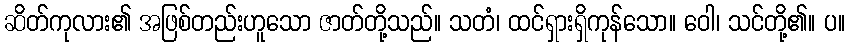
ဆိတ်ကုလား၏ အဖြစ်တည်းဟူသော ဇာတ်တို့သည်။ သတံ၊ ထင်ရှားရှိကုန်သော။ ဝေါ၊ သင်တို့၏။ ပ။